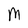
Character: M